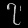
Digit: ၇